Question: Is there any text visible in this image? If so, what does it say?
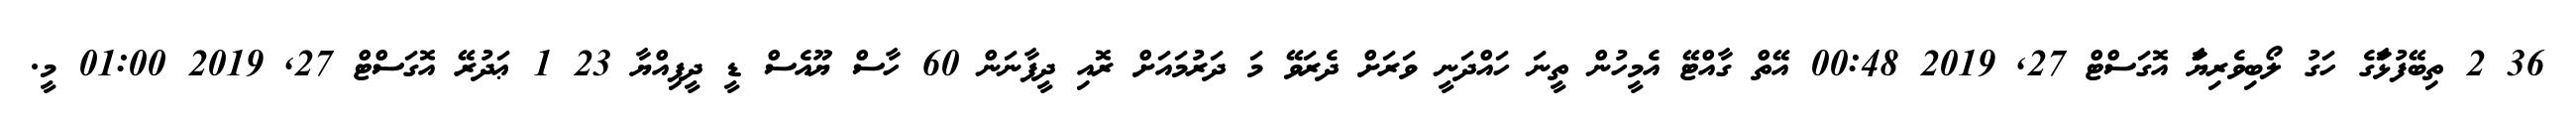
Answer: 36 2 ތިބޭފުޅަާގެ ހަގު ލޯބިވެރިޔަަާ އޮގަސްޓް 27, 2019 00:48 އޭތް ގާއްޓޭ އެމީހުން ތީނަ ހައްދަނީ ވަރަށް ދެރަވޭ މަ ދަރުމައަށް ރޮއި ދީފާނަން 60 ހާސް ޔޫއެސް ޑީ ދީފިއްޔާ 23 1 ޢަދުރޭ އޮގަސްޓް 27, 2019 01:00 މީ.